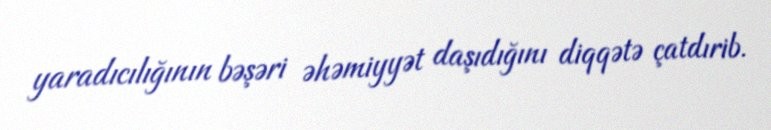
yaradıcılığının bəşəri əhəmiyyət daşıdığını diqqətə çatdırib.